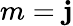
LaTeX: m=\mathbf{j}